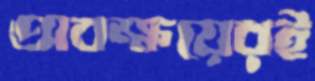
অবক্ষয়েরই